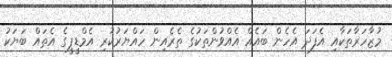
މުޒާހަރާތަކާއި އެފަދަ އެހެން ބައެއް އެއްވުންތަކުގެ ތެރެއިން ހައްޔަރުކުރި އެމްޑީޕީގެ އެތައް ބަޔަކު